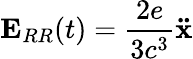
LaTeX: \mathbf{E}_{RR}(t)={\frac{2e}{3c^{3}}}\mathbf{\ddot{x}}